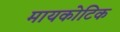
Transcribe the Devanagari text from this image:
मायकोटिक